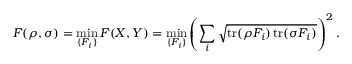
F ( \rho , \sigma ) = \operatorname* { m i n } _ { \{ F _ { i } \} } F ( X , Y ) = \operatorname* { m i n } _ { \{ F _ { i } \} } \left( \sum _ { i } { \sqrt { \operatorname { t r } ( \rho F _ { i } ) \operatorname { t r } ( \sigma F _ { i } ) } } \right) ^ { 2 } .